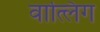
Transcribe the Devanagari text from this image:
वात्लिग